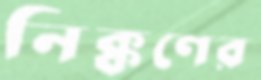
নিক্কণের